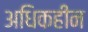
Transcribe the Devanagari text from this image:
अधिकहीन